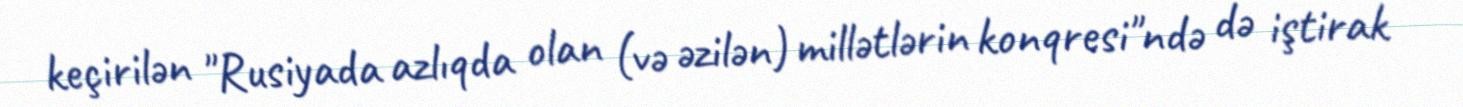
keçirilən "Rusiyada azlıqda olan (və əzilən) millətlərin konqresi"ndə də iştirak